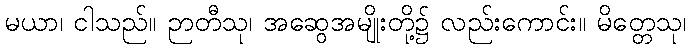
မယာ၊ ငါသည်။ ဉာတီသု၊ အဆွေအမျိုးတို့၌ လည်းကောင်း။ မိတ္တေသု၊